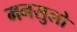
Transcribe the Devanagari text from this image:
मनसुलो